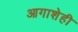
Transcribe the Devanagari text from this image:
आगाशेही